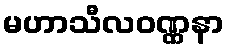
မဟာသီလဝဏ္ဏနာ